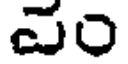
ఎం